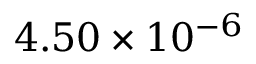
4 . 5 0 \times 1 0 ^ { - 6 }